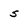
Character: s